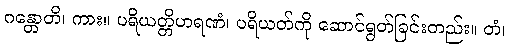
ဂန္တောတိ၊ ကား။ ပရိယတ္တိဟရဏံ၊ ပရိယတ်ကို ဆောင်ရွတ်ခြင်းတည်း။ တံ၊